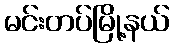
မင်းတပ်မြို့နယ်